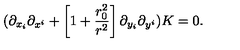
( \partial _ { x _ { i } } \partial _ { x ^ { i } } + \left[ 1 + { \frac { r _ { 0 } ^ { 2 } } { r ^ { 2 } } } \right] \partial _ { y _ { i } } \partial _ { y ^ { i } } ) K = 0 .